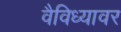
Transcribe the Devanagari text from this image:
वैविध्यावर